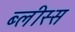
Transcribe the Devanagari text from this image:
ब्लीस्स